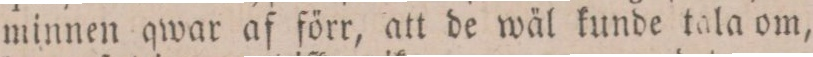
minnen qwar af förr, att de wäl kunde tala om,